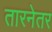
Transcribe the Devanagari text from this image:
तारनेतर